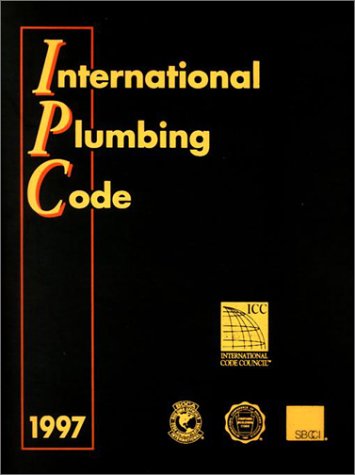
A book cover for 1997 International Plumbing Code (International Code Council Series); International Code Council; Law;